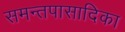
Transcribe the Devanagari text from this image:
समन्तपासादिका